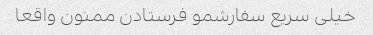
خیلی سریع سفارشمو فرستادن ممنون واقعا